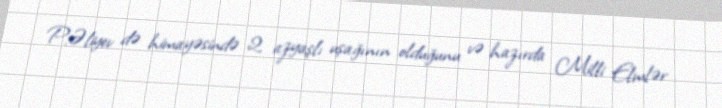
P.Əliyev də himayəsində 2 azyaşlı uşağının olduğunu və hazırda Milli Elmlər